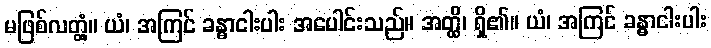
မဖြစ်လတ္တံ့။ ယံ၊ အကြင် ခန္ဓာငါးပါး အပေါင်းသည်။ အတ္ထိ၊ ရှိ၏။ ယံ၊ အကြင် ခန္ဓာငါးပါး